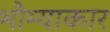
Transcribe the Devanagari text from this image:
भौम्याकार